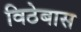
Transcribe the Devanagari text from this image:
विठेबास